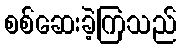
စစ်ဆေးခဲ့ကြသည်